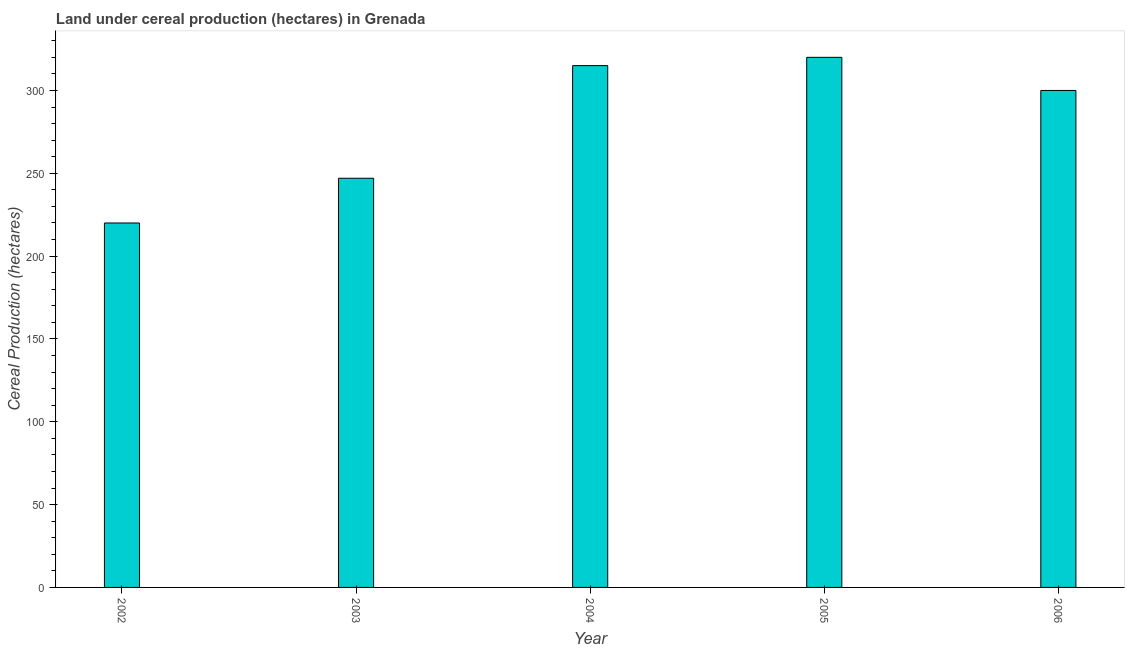
| Year | Land under cereal production (hectares) |
 | --- | --- |
 | 2002 | 220 |
 | 2003 | 247 |
 | 2004 | 315 |
 | 2005 | 320 |
 | 2006 | 300 |